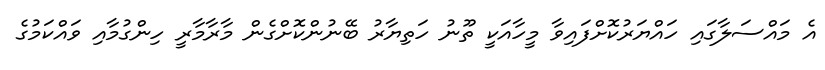
އެ މައްސަލާގައި ހައްޔަރުކޮށްފައިވާ މީހާއަކީ ތޫނު ހަތިޔާރު ބޭނުންކޮށްގެން މާރާމާރީ ހިންގުމާއި ވައްކަމުގެ